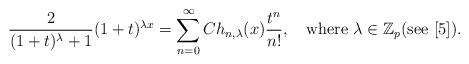
LaTeX: \begin{align*}\frac{2}{(1+t)^{\lambda }+1}(1+t)^{\lambda x} = \sum_{n=0}^\infty Ch_{n,\lambda }(x) \frac{t^n}{n!},\quad\textnormal{where}\,\, \lambda \in \mathbb{Z}_p (\textnormal{see}\,\,[5]).\end{align*}